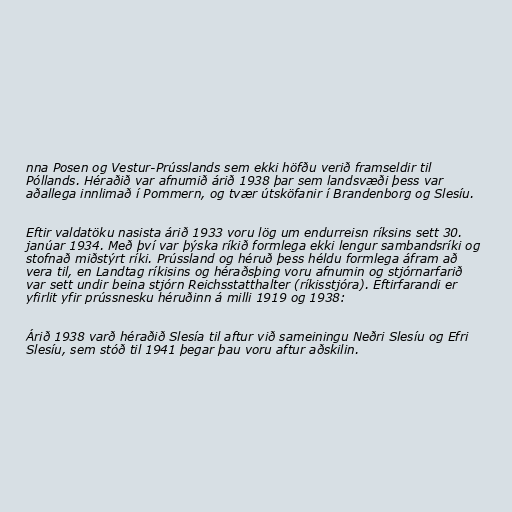
nna Posen og Vestur-Prússlands sem ekki höfðu verið framseldir til
Póllands. Héraðið var afnumið árið 1938 þar sem landsvæði þess var
aðallega innlimað í Pommern, og tvær útsköfanir í Brandenborg og Slesíu.

Eftir valdatöku nasista árið 1933 voru lög um endurreisn ríksins sett 30.
janúar 1934. Með því var þýska ríkið formlega ekki lengur sambandsríki og
stofnað miðstýrt ríki. Prússland og héruð þess héldu formlega áfram að
vera til, en Landtag ríkisins og héraðsþing voru afnumin og stjórnarfarið
var sett undir beina stjórn Reichsstatthalter (ríkisstjóra). Eftirfarandi er
yfirlit yfir prússnesku héruðinn á milli 1919 og 1938:

Árið 1938 varð héraðið Slesía til aftur við sameiningu Neðri Slesíu og Efri
Slesíu, sem stóð til 1941 þegar þau voru aftur aðskilin.